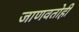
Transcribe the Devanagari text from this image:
जाणवतोही